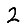
Digit: 2